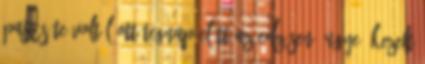
pajtás Te voltál ott tegnap előtt az edzésen, ugye?-kezelt